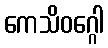
ကေသိဝဂ္ဂေါ